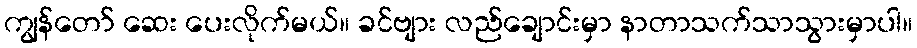
ကျွန်တော် ဆေး ပေးလိုက်မယ်။ ခင်ဗျား လည်ချောင်းမှာ နာတာသက်သာသွားမှာပါ။